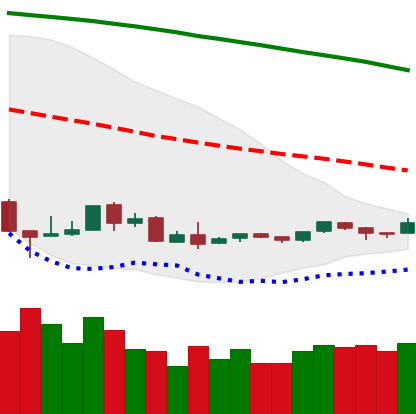
Ticker: ETH-USD
Chart end date: 2018-09-01
Forward return: -22.051%
Label: down_7plus